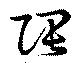
隈